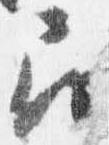
召